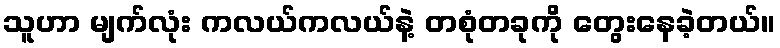
သူဟာ မျက်လုံး ကလယ်ကလယ်နဲ့ တစုံတခုကို တွေးနေခဲ့တယ်။